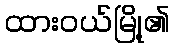
ထားဝယ်မြို့၏